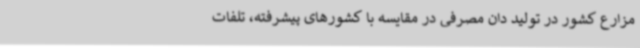
مزارع کشور در تولید دان مصرفی در مقایسه با کشورهای پیشرفته، تلفات